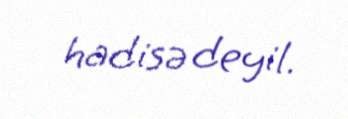
hadisə deyil.